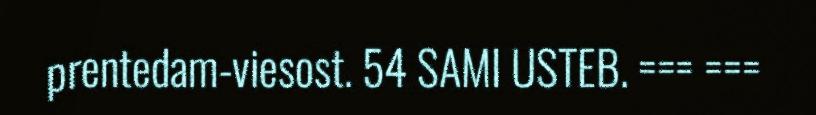
prentedam-viesost. 54 SAMI USTEB. === ===